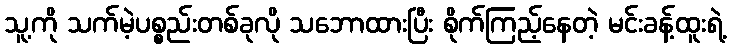
သူ့ကို သက်မဲ့ပစ္စည်းတစ်ခုလို သဘောထားပြီး စိုက်ကြည့်နေတဲ့ မင်းခန့်ထူးရဲ့